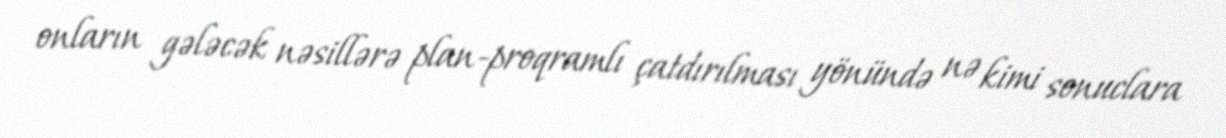
onların gələcək nəsillərə plan-proqramlı çatdırılması yönündə nə kimi sonuclara